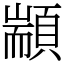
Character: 顓